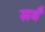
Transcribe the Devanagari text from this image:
सवँ